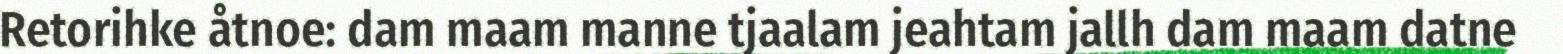
Retorihke åtnoe: dam maam manne tjaalam jeahtam jallh dam maam datne